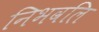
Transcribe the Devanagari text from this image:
निभवलि